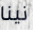
نينا